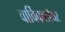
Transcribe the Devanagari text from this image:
वार्विकशॉयर